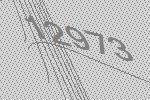
12973